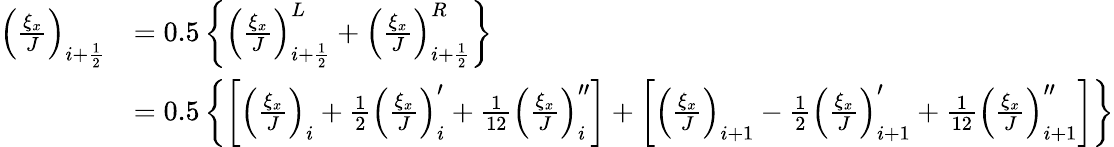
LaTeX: \begin{array}{rl}{\left(\frac{\xi_{x}}{J}\right)_{i+\frac{1}{2}}}&{=0.5\left\{ \left(\frac{\xi_{x}}{J}\right)_{i+\frac{1}{2}}^{L}+\left(\frac{\xi_{x}}{J}\right)_{i+\frac{1}{2}}^{R}\right\} }\\ &{=0.5\left\{ \left[\left(\frac{\xi_{x}}{J}\right)_{i}+\frac{1}{2}\left(\frac{\xi_{x}}{J}\right)_{i}^{\prime}+\frac{1}{12}\left(\frac{\xi_{x}}{J}\right)_{i}^{\prime\prime}\right]+\left[\left(\frac{\xi_{x}}{J}\right)_{i+1}-\frac{1}{2}\left(\frac{\xi_{x}}{J}\right)_{i+1}^{\prime}+\frac{1}{12}\left(\frac{\xi_{x}}{J}\right)_{i+1}^{\prime\prime}\right]\right\} }\end{array}